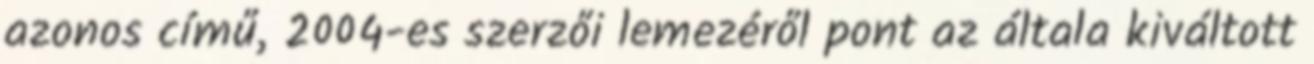
azonos című, 2004-es szerzői lemezéről pont az általa kiváltott